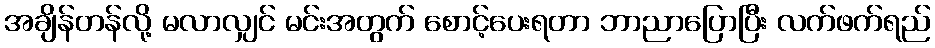
အချိန်တန်လို့ မလာလျှင် မင်းအတွက် စောင့်ပေးရတာ ဘာညာပြောပြီး လက်ဖက်ရည်